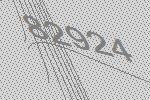
82924